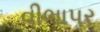
વીભાપર